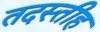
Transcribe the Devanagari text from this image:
तदस्तीह